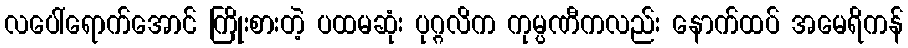
လပေါ်ရောက်အောင် ကြိုးစားတဲ့ ပထမဆုံး ပုဂ္ဂလိက ကုမ္ပဏီကလည်း နောက်ထပ် အမေရိကန်